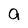
Character: a